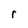
Character: r